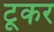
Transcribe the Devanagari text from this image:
टूकर